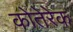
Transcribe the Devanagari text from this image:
कोतेरेक